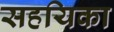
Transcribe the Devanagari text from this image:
सहयिका